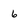
Character: 6